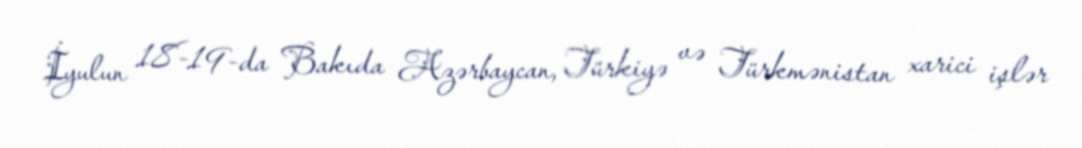
İyulun 18-19-da Bakıda Azərbaycan, Türkiyə və Türkmənistan xarici işlər